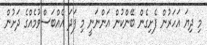
މި ދިޔަ އަހަރުން ފެށިގެން ބޭންކުން އަންނަނީ މި ފަދަ އެއްބަސްވުމެއްގެ ދަށުން